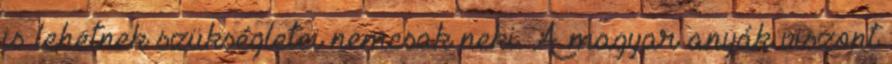
is lehetnek szükségletei nemcsak neki. A magyar anyák viszont